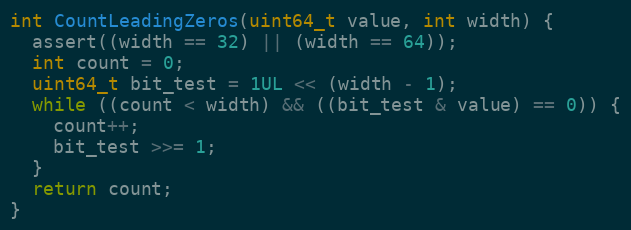
Language: C++
int CountLeadingZeros(uint64_t value, int width) {
  assert((width == 32) || (width == 64));
  int count = 0;
  uint64_t bit_test = 1UL << (width - 1);
  while ((count < width) && ((bit_test & value) == 0)) {
    count++;
    bit_test >>= 1;
  }
  return count;
}